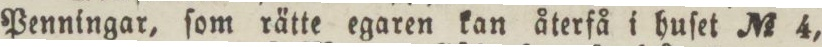
Penningar, ſom rätte egaren kan återfå i huſet No 4,